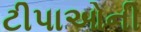
ટીપાઓની